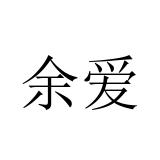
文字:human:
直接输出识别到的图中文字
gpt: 余爱